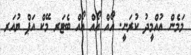
މަމެން އުއްމީދު ކުރަނީ. އޯއް އޯއް އޯއް ބެޓަރ މޭކް އަޕް ޔުއަރ